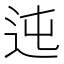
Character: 迍